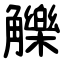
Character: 觻